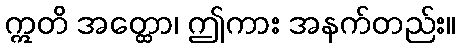
ဣတိ အတ္ထော၊ ဤကား အနက်တည်း။